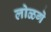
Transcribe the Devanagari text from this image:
लोळगे